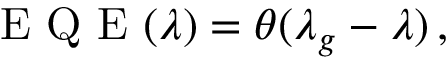
\mathrm { ~ E ~ Q ~ E ~ } ( \lambda ) = \theta ( \lambda _ { g } - \lambda ) \, ,